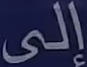
إلى